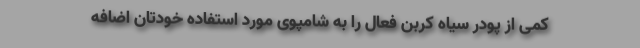
کمی از پودر سیاه کربن فعال را به شامپوی مورد استفاده خودتان اضافه